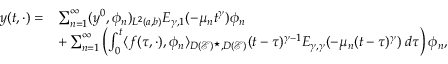
\begin{array} { r l } { y ( t , \cdot ) = } & { \sum _ { n = 1 } ^ { \infty } ( y ^ { 0 } , \phi _ { n } ) _ { L ^ { 2 } ( a , b ) } E _ { \gamma , 1 } ( - \mu _ { n } t ^ { \gamma } ) \phi _ { n } } \\ & { + \sum _ { n = 1 } ^ { \infty } \left( \int _ { 0 } ^ { t } \langle f ( \tau , \cdot ) , \phi _ { n } \rangle _ { D ( \mathcal E ) ^ { \star } , D ( \mathcal E ) } ( t - \tau ) ^ { \gamma - 1 } E _ { \gamma , \gamma } ( - \mu _ { n } ( t - \tau ) ^ { \gamma } ) \; d \tau \right) \phi _ { n } , } \end{array}